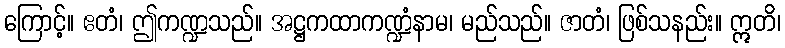
ကြောင့်။ ဧတံ၊ ဤကဏ္ဍသည်။ အဋ္ဌကထာကဏ္ဍံနာမ၊ မည်သည်။ ဇာတံ၊ ဖြစ်သနည်း။ ဣတိ၊